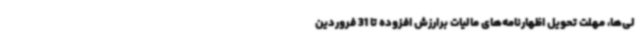
لی‌ها، مهلت تحویل اظهارنامه‌های مالیات برارزش افزوده تا 31 فروردین